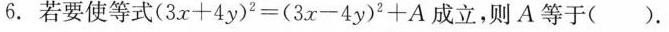
6.若要使等式$$( 3 x + 4 y ) ^{ 2 } = ( 3 \times - 4 y ) ^{ 2 } + A$$成立,则A等于( ).